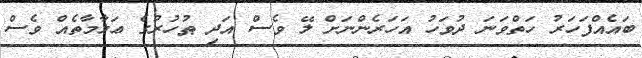
ބައެއްފަހަރު ހަތްވަނަ ދުވަހު އަހަރެންނަށް ލޭ ވެސް އަދި ޠުހުރުގެ ޢަލާމާތެއް ވެސް